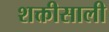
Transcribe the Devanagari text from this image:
शक्तीसाली